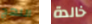
النهج خالدة